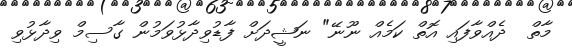
މާތް  ދެއްވާފައި އޮތް ކަމެއް ނޫނޭ" ނަޝީދަށް ފާޑުވިދާޅުވަމުން ގާސިމް ވިދާޅުވި